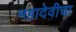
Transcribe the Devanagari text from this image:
महादेवीचा